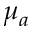
\mu _ { a }